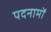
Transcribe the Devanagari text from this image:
पदनामों